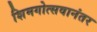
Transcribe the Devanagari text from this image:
शिमगोत्सवानंतर